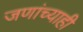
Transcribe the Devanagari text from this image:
जणांच्याही